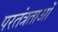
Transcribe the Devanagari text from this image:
परतंत्रताओं